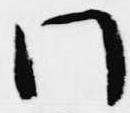
門